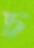
চ